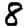
Digit: 8